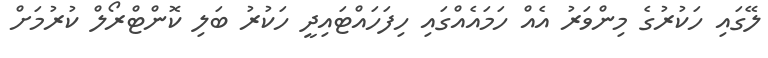
ލޭގައި ހަކުރުގެ މިންވަރު އެއް ހަމައެއްގައި ހިފަހައްޓައިދީ ހަކުރު ބަލި ކޮންޓްރޯލް ކުރުމަށް